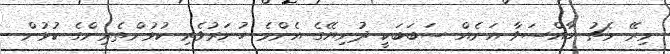
މިރޭ މެޗު ޚާއްސަވާ އަނެއް ސަބަބަކީ ދުނިޔޭގެ އެންމެ ހުނަރުވެރި ކުޅުންތެރިންގެ ކުޅުން